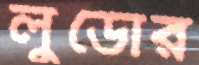
লুডোর